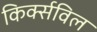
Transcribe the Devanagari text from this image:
किर्क्सविल